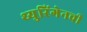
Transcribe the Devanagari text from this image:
थ्युरिंगेनची